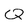
Character: Q